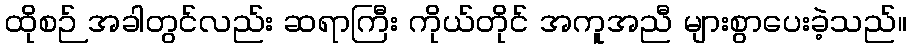
ထိုစဉ် အခါတွင်လည်း ဆရာကြီး ကိုယ်တိုင် အကူအညီ များစွာပေးခဲ့သည်။